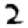
Digit: 2